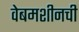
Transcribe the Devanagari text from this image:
वेबमशीनची